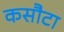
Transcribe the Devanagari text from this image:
कसौटा